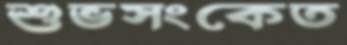
শুভসংকেত